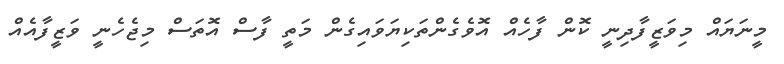
މީނަޔައް މިވަޒީފާދިނީ ކޮން ފާހެއް އޮވެގެންތަކިޔަވައިގެން މަތީ ފާސް އޮތަސް މިޖެހެނީ ވަޒީފާއެއް